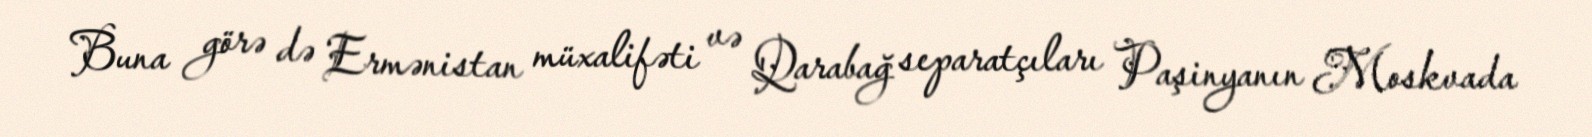
Buna görə də Ermənistan müxalifəti və Qarabağ separatçıları Paşinyanın Moskvada